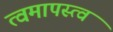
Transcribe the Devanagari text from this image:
त्वमापस्त्वं